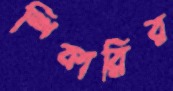
শিকারির